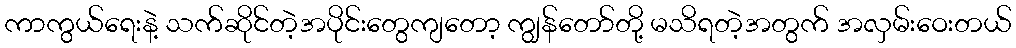
ကာကွယ်ရေးနဲ့ သက်ဆိုင်တဲ့အပိုင်းတွေကျတော့ ကျွန်တော်တို့ မသိရတဲ့အတွက် အလှမ်းဝေးတယ်